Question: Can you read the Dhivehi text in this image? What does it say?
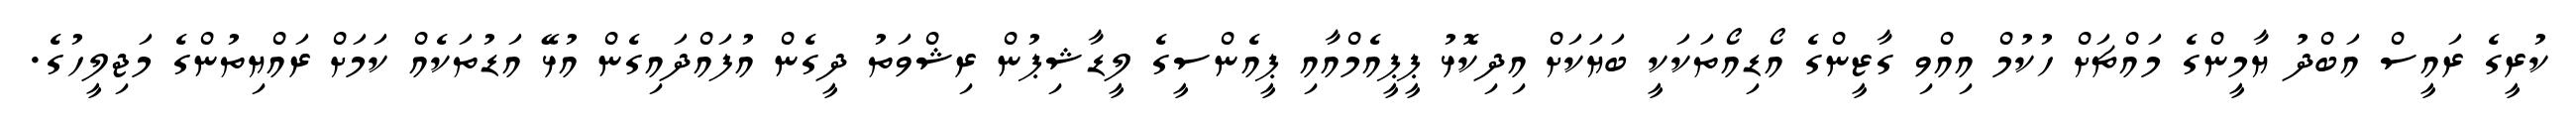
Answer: ކުރީގެ ރައީސް އަބްދު ޔާމީންގެ މައްޗަށް ހުކުމް އިއްވި ގާޒީންގެ އޯޑިއޯތަކަކީ ބަޔަކަށް އިދިކޮޅު ޕީޕީއެމްއާއި ޕީއެންސީގެ ލީޑާޝިޕުން ރިޝްވަތު ދީގެން އުފައްދައިގެން އުޅޭ އަޑުތަކެއް ކަމަށް ރައްޔިތުންގެ މަޖިލީހުގެ.